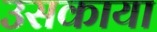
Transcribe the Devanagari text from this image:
उसकाया